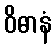
ဝိဓာနံ